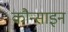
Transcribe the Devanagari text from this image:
कौन्साइन